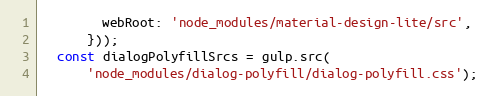
Language: JavaScript
        webRoot: 'node_modules/material-design-lite/src',
      }));
  const dialogPolyfillSrcs = gulp.src(
      'node_modules/dialog-polyfill/dialog-polyfill.css');